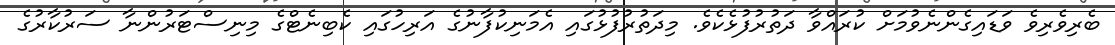
ބެރިވެރިވެ ވަޑައިގެންނެވުމަށް ކުރައްވާ ދަތުރުފުޅެކެވެ. މިދަތުރުފުޅުގައި އެމަނިކުފާނުގެ އަރިހުގައި ކެބިނެޓްގެ މިނިސްޓަރުންނާ ސަރުކާރުގެ